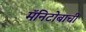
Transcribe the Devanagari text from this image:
मॅनिटोबाची